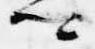
卿